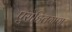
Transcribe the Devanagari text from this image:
पुरोहितगण